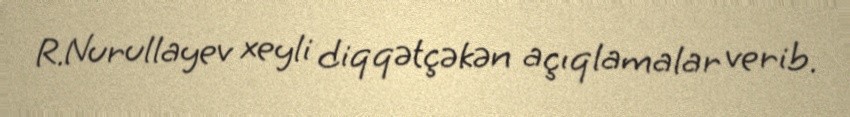
R.Nurullayev xeyli diqqətçəkən açıqlamalar verib.